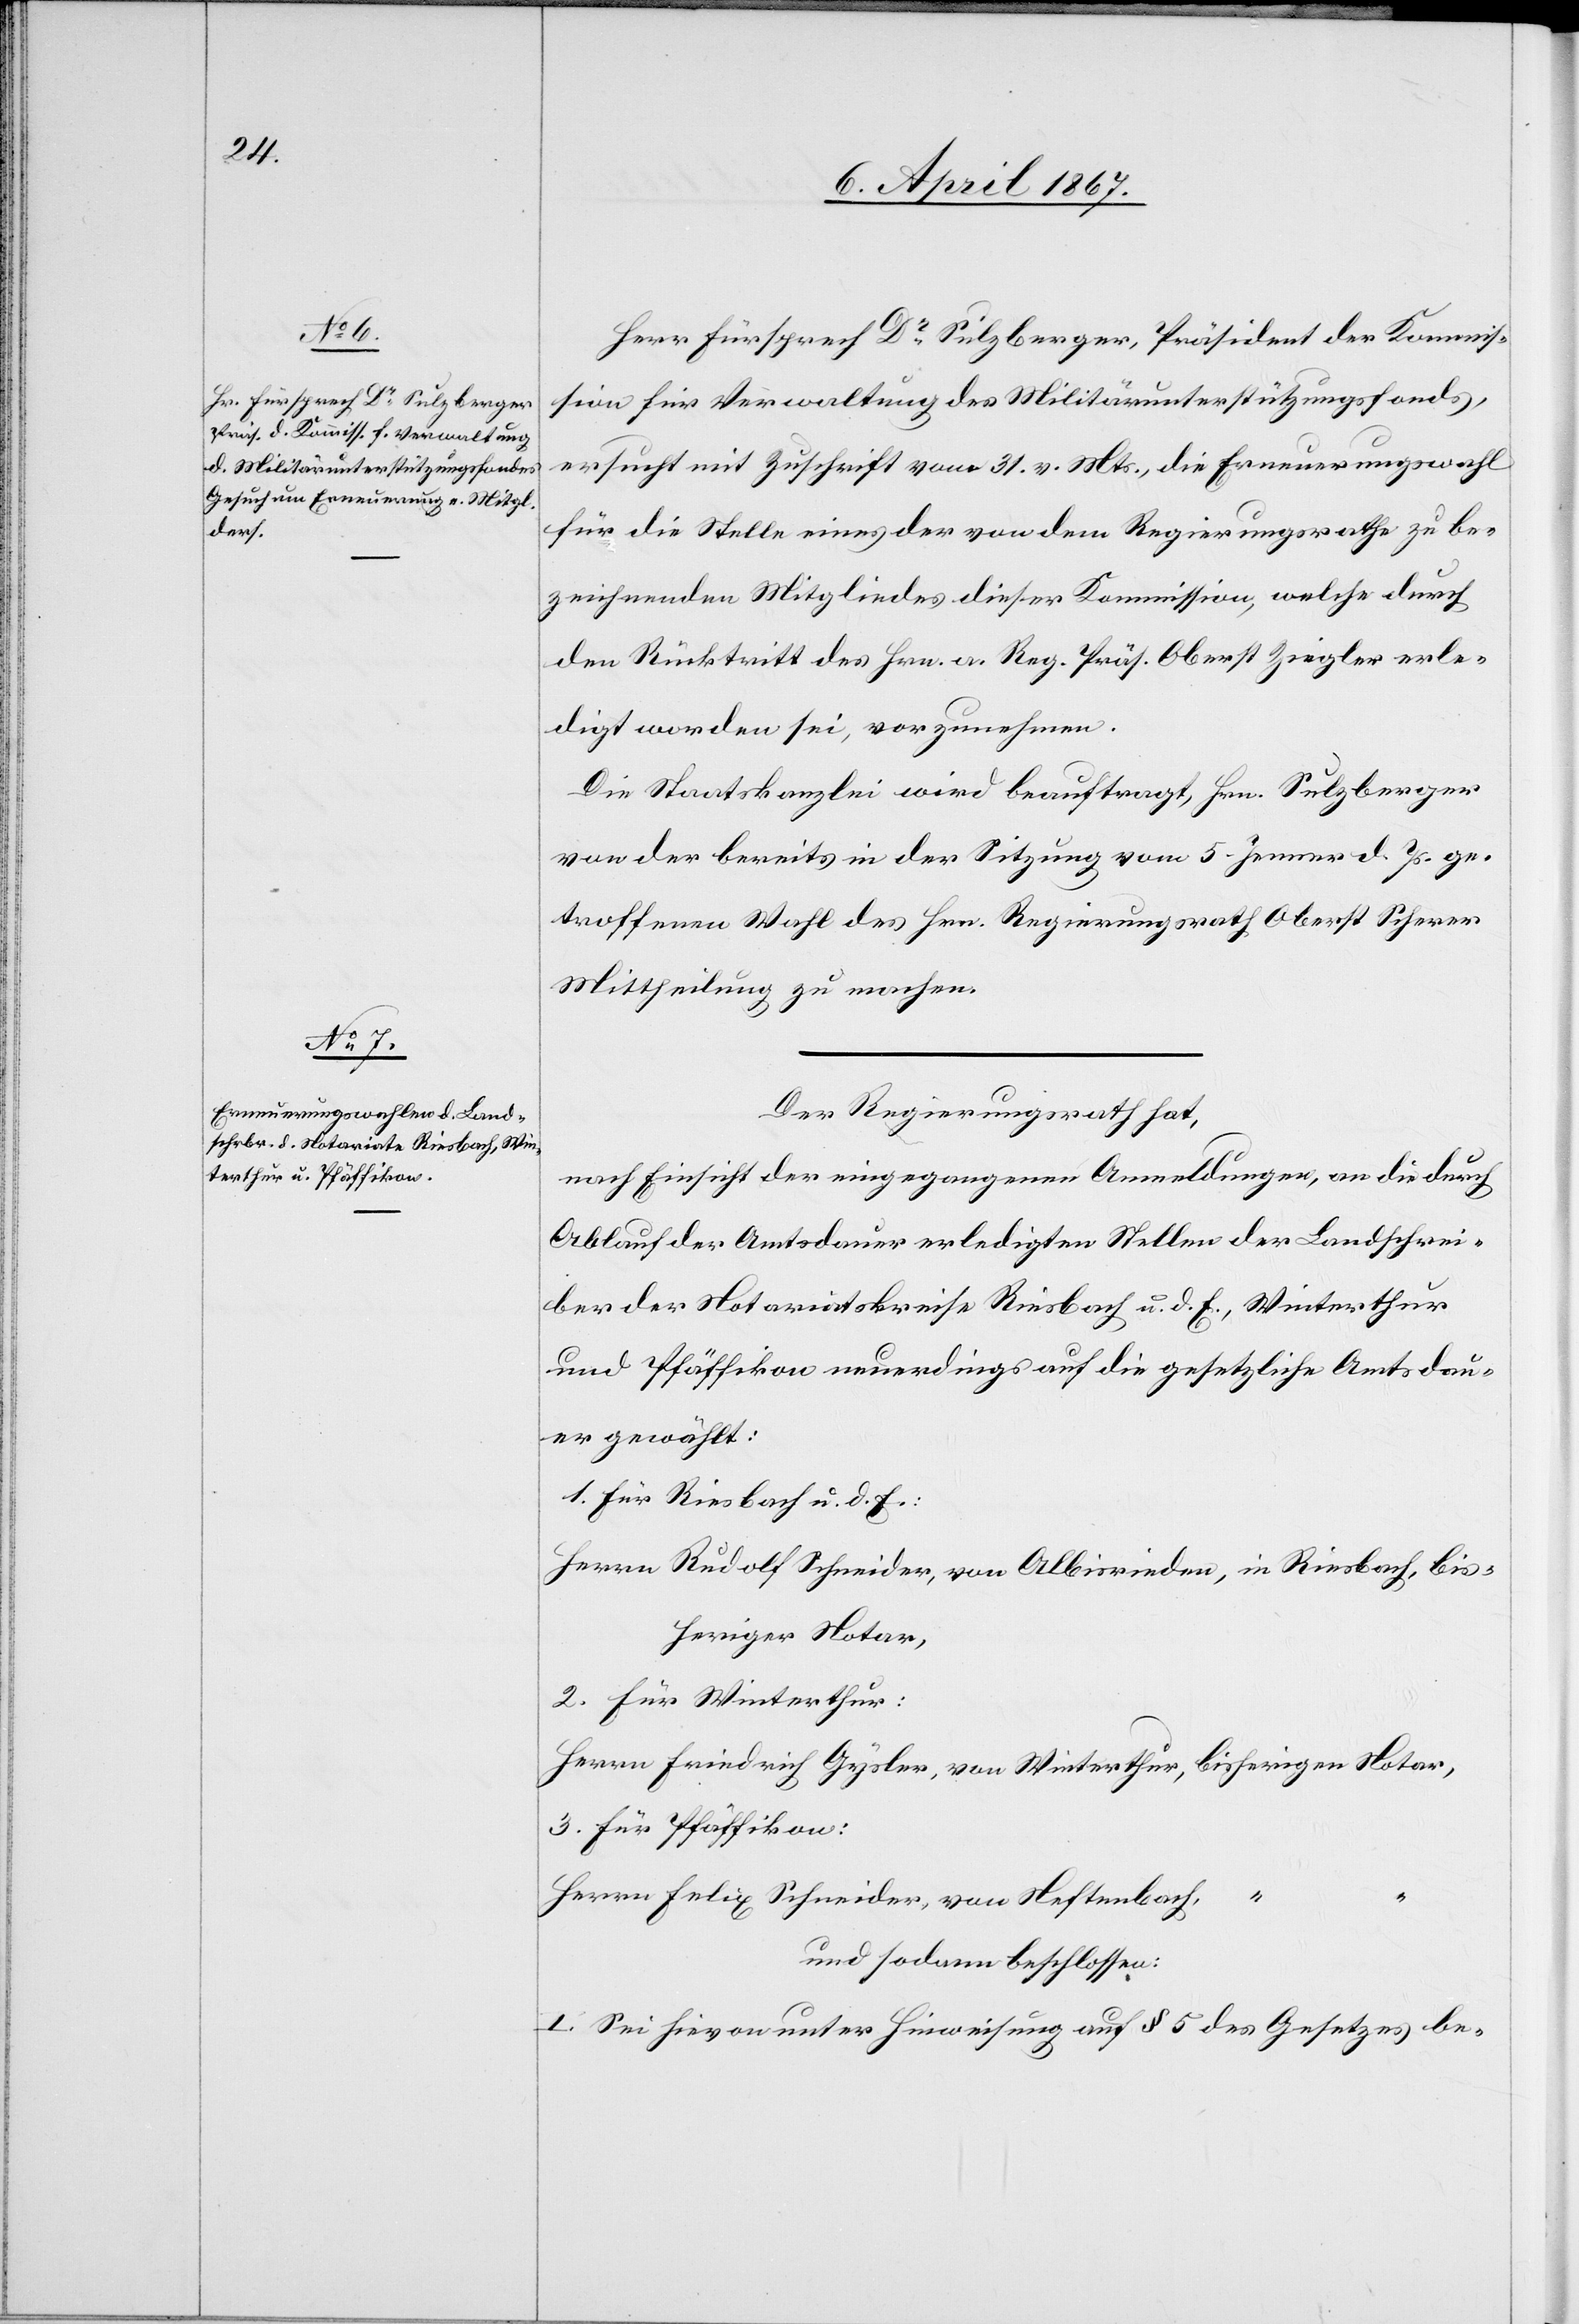
Herr Fürsprech Dr. Sulzberger, Präsident der Kommis¬
sion für Verwaltung des Militärunterstützungsfonds,
ersucht mit Zuschrift vom 31. v. Mts., die Erneuerungswahl
für die Stelle eines der von dem Regierungsrathe zu be¬
zeichnenden Mitgliedes dieser Kommission, welche durch
den Rücktritt des Hrn. a. Reg. Präs. Oberst Ziegler erle¬
digt worden sei, vorzunehmen.
Die Staatskanzlei wird beauftragt, Hrn. Sulzberger
von der bereits in der Sitzung vom 5. Jenner d. Js. ge¬
troffenen Wahl des Hrn. Regierungsrath Oberst Scherer
Mittheilung zu machen.
Der Regierungsrath hat,
nach Einsicht der eingegangenen Anmeldungen, an die durch
Ablauf der Amtsdauer erledigten Stellen der Landschrei¬
ber der Notariatskreise Riesbach u. d. E., Winterthur
und Pfäffikon neuerdings auf die gesetzliche Amtsdau¬
er gewählt:
1. Für Riesbach u. d. E.:
Herrn Rudolf Schneider, von Albisrieden, in Riesbach bis¬
heriger Notar.
2. Für Winterthur:
Herrn Friedrich Gysler, von Winterthur, bisherigen Notar,
3. Für Pfäffikon:
Herrn Felix Schneider, von Neftenbach	“		“
und sodann beschlossen:
I. Sei hievon unter Hinweisung auf § 5 des Gesetzes be-